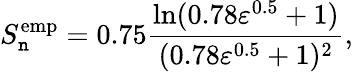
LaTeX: S_{\mathtt{n}}^{\mathrm{{emp}}}=0.75\frac{{\ln(0.78\varepsilon^{0.5}+1)}}{{(0.78\varepsilon^{0.5}+1)^{2}}},